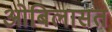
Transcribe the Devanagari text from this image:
ओबिलासत